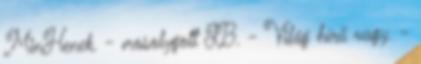
MinHenek. - mosolygott JB. - Világ hírű vagy. -